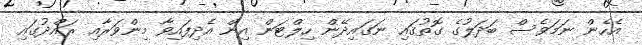
އެހެން ނަމަވެސް ބަދަލުގެ ގޮތުގައި ނަގައިދޭން ހިލްޓަން އިން އެދިފައިވާ މިންވަރާއި ރައްދުގައި